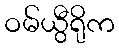
ဝမ်ယွီရိုက